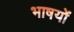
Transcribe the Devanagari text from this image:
भाषयों